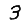
Digit: 3